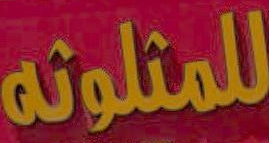
للمثلوثه